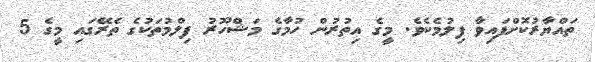
ތައްޔާރުކޮށްފައިވާ ފިލުމެކެވެ. މީގެ އިތުރުން ހުމާގެ މަޝްހޫރު ފިލްމުތަކުގެ ތެރޭގައި މީގެ 5